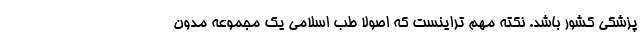
پزشکی کشور باشد. نکته مهم تراینست که اصولا طب اسلامی یک مجموعه مدون